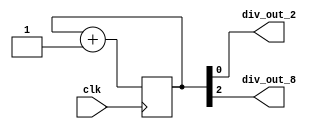
// example for divisor is equal to 2-order
module my_freq_div(
    input clk,
    output div_out_2,
    output div_out_8
    );
    reg [15:0]counter = 0;
    
    always@(posedge clk)
        counter <= counter + 1;
        
    // board clock freq / 2^(0+1)
    assign div_out_2 = counter[0];
    
    // board clock freq / 2^(2+1)
    assign div_out_8 = counter[2];
       
endmodule